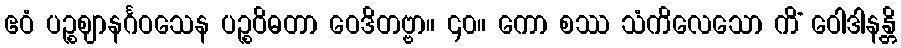
ဧဝံ ပဉ္စဈာနင်္ဂဝသေန ပဉ္စဝိဓတာ ဝေဒိတဗ္ဗာ။ ၄၀။ ကော စဿ သံကိလေသော ကိံ ဝေါဒါနန္တိ